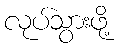
လုပ်သွားဖို့